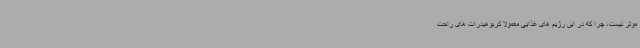
موثر نیست، چرا که در این رژیم های غذایی معمولا کربوهیدرات های راحت